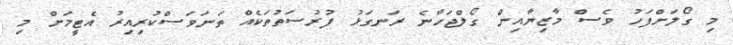
މި ގޯލަށްފަހު ވެސް މާޒިޔާއިން ގޯލްޖަހާނެ ރަނގަޅު ފުރުސަތުތަކެއް ތަނަވަސްކުރިއިރު އެޓީމަށް މި